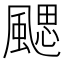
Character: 颸